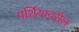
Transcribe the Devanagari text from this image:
पर्शियावरील